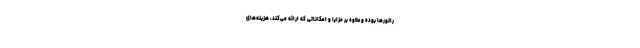
راتورها بوده و علاوه بر مزایا و امکاناتی که ارائه می‌کند، هزینه‌های